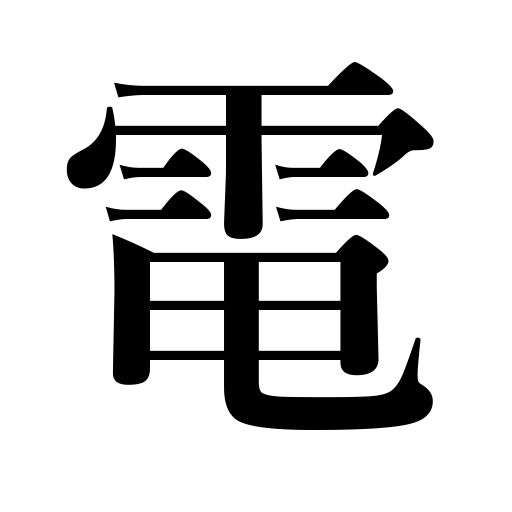
Meanings: electricity